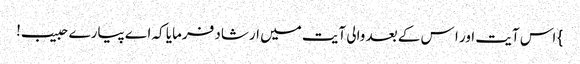
} اس آیت اور ا س کے بعد والی آیت میں ارشاد فرمایا کہ اے پیارے حبیب!